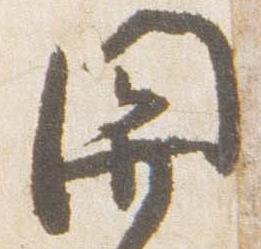
関